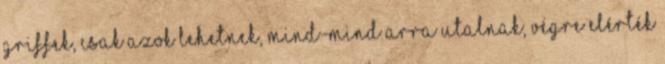
griffek, csak azok lehetnek, mind-mind arra utalnak, végre elérték